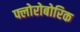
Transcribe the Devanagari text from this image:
फ्लोरोबोरिक